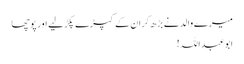
میرے والد نے بڑھ کر ان کے کپڑے پکڑ لیے اور پوچھا
ابوعبداللہ!